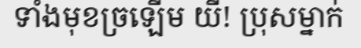
ទាំងមុខច្រឡើម យី! ប្រុសម្នាក់